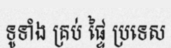
ទូទាំង គ្រប់ ផ្ទៃ ប្រទេស